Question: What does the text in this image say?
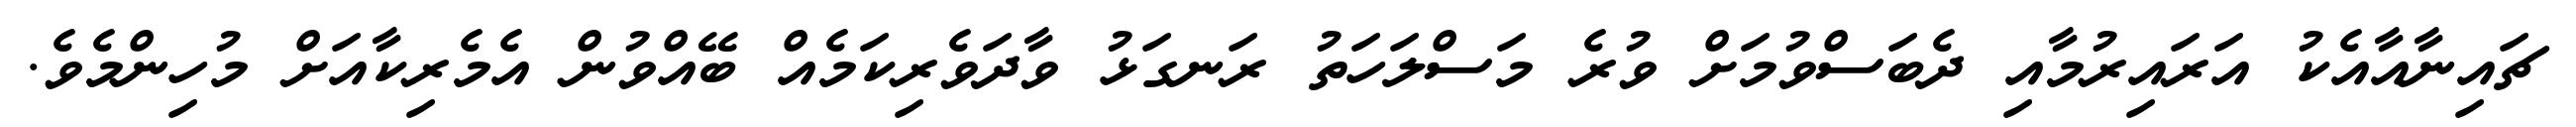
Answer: ޗައިނާއާއެކު އަރައިރުމާއި ދެބަސްވުމަށް ވުރެ މަސްލަހަތު ރަނގަޅު ވާދަވެރިކަމެއް ބޭއްވުން އެމެރިކާއަށް މުހިންމެވެ.